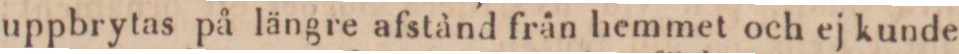
uppbrytas på längre afstånd från hemmet och ej kunde